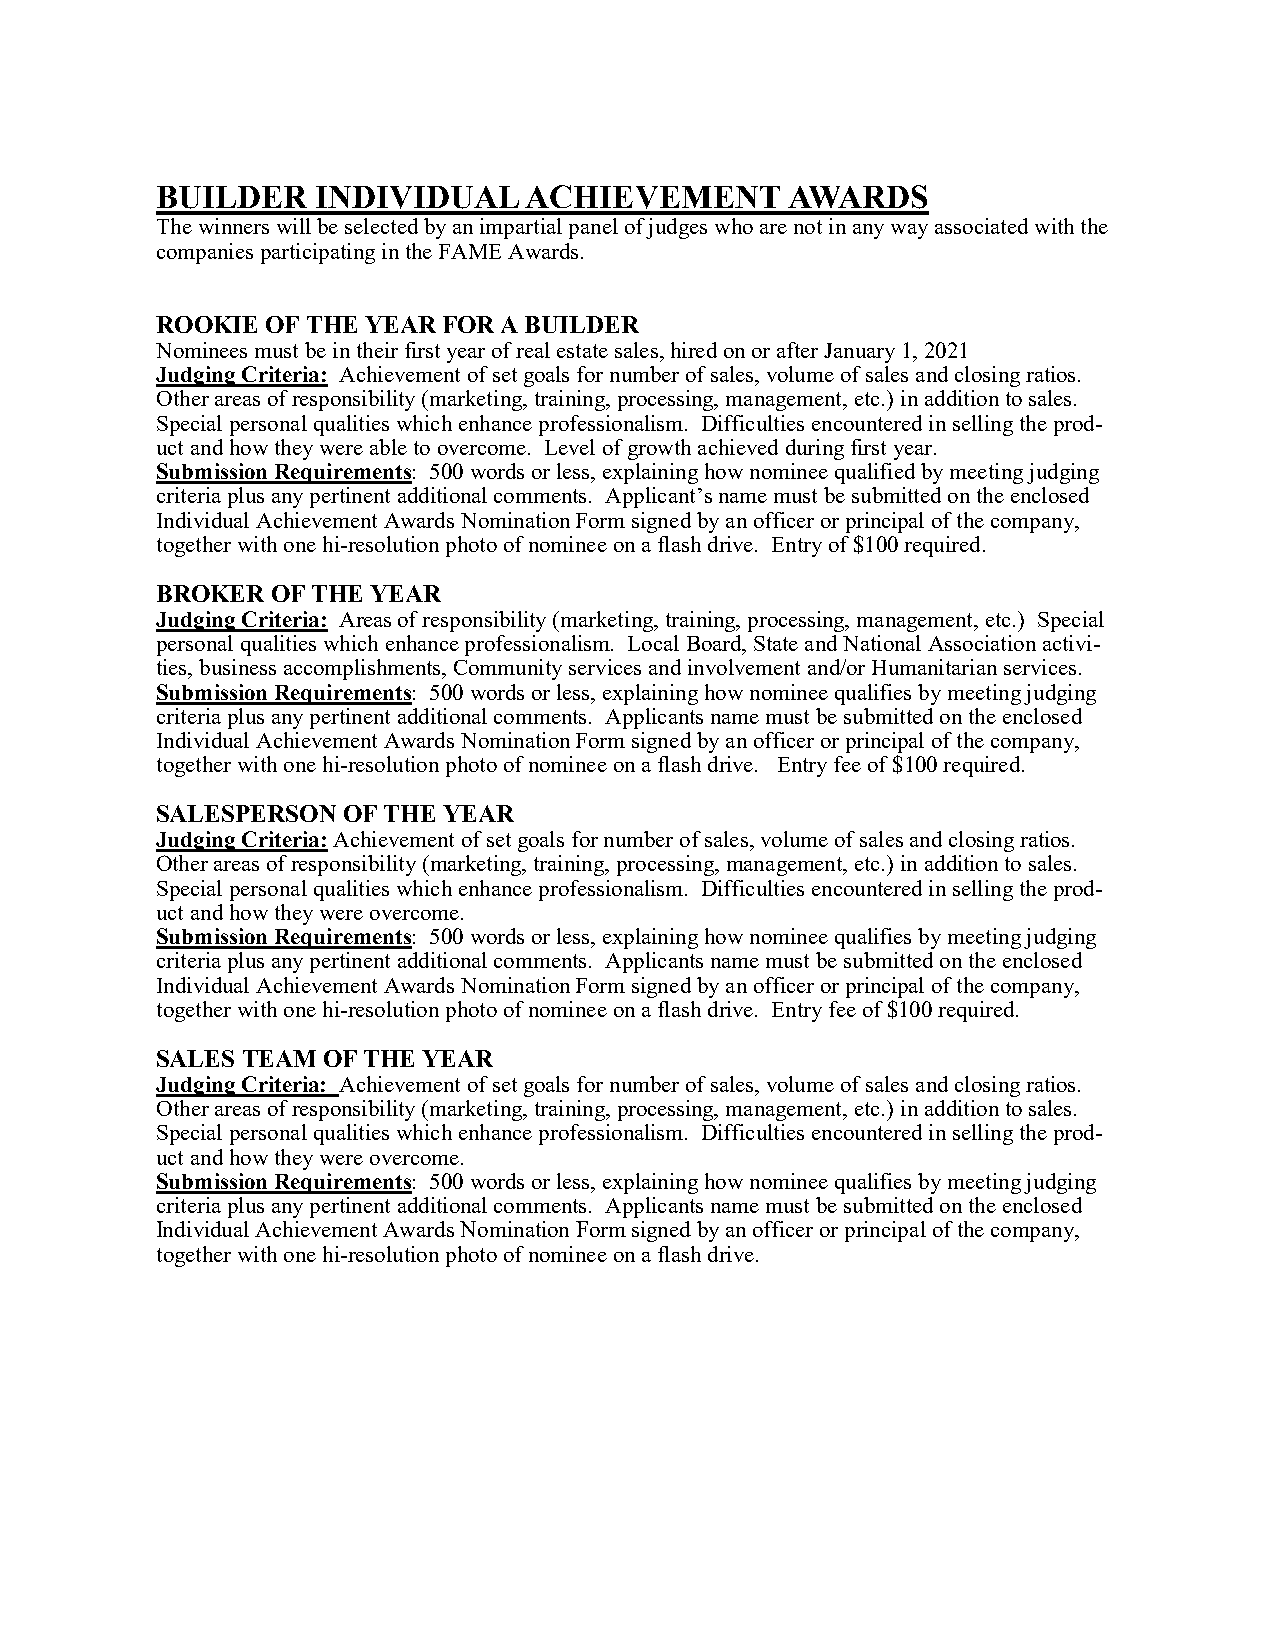
BUILDER    INDIVIDUAL    ACHIEVEMENT      AWARDS
 The winners will be selected by an impartial panel of judges who are not in any way associated with the
 companies participating in the FAME Awards.
 ROOKIE  OF THE YEAR FOR A BUILDER
 Nominees must be in their first year of real estate sales, hired on or after January 1, 2021
 Judging Criteria: Achievement of set goals for number of sales, volume of sales and closing ratios.
 Other areas of responsibility (marketing, training, processing, management, etc.) in addition to sales.
 Special personal qualities which enhance professionalism. Difficulties encountered in selling the prod-
 uct and how they were able to overcome. Level of growth achieved during first year.
 Submission Requirements: 500 words or less, explaining how nominee qualified by meeting judging
 criteria plus any pertinent additional comments. Applicant’s name must be submitted on the enclosed
 Individual Achievement Awards Nomination Form signed by an officer or principal of the company,
 together with one hi-resolution photo of nominee on a flash drive. Entry of $100 required.
 BROKER  OF THE YEAR
 Judging Criteria: Areas of responsibility (marketing, training, processing, management, etc.) Special
 personal qualities which enhance professionalism. Local Board, State and National Association activi-
 ties, business accomplishments, Community services and involvement and/or Humanitarian services.
 Submission Requirements: 500 words or less, explaining how nominee qualifies by meeting judging
 criteria plus any pertinent additional comments. Applicants name must be submitted on the enclosed
 Individual Achievement Awards Nomination Form signed by an officer or principal of the company,
 together with one hi-resolution photo of nominee on a flash drive. Entry fee of $100 required.
 SALESPERSON  OF THE YEAR
 Judging Criteria: Achievement of set goals for number of sales, volume of sales and closing ratios.
 Other areas of responsibility (marketing, training, processing, management, etc.) in addition to sales.
 Special personal qualities which enhance professionalism. Difficulties encountered in selling the prod-
 uct and how they were overcome.
 Submission Requirements: 500 words or less, explaining how nominee qualifies by meeting judging
 criteria plus any pertinent additional comments. Applicants name must be submitted on the enclosed
 Individual Achievement Awards Nomination Form signed by an officer or principal of the company,
 together with one hi-resolution photo of nominee on a flash drive. Entry fee of $100 required.
 SALES TEAM OF THE YEAR
 Judging Criteria: Achievement of set goals for number of sales, volume of sales and closing ratios.
 Other areas of responsibility (marketing, training, processing, management, etc.) in addition to sales.
 Special personal qualities which enhance professionalism. Difficulties encountered in selling the prod-
 uct and how they were overcome.
 Submission Requirements: 500 words or less, explaining how nominee qualifies by meeting judging
 criteria plus any pertinent additional comments. Applicants name must be submitted on the enclosed
 Individual Achievement Awards Nomination Form signed by an officer or principal of the company,
 together with one hi-resolution photo of nominee on a flash drive.